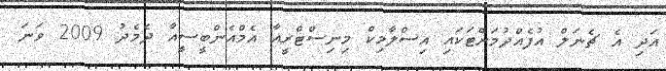
އަދި އެ ޗެނަލް އުފެއްދުމަށްޓަކައި އިސްލާމިކް މިނިސްޓްރީއާ އެމްއެންބީސީއާ ދެމެދު 2009 ވަނަ